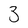
Character: 3